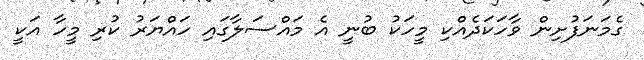
ގެމަނަފުށިން ވާހަކަދެއްކި މީހަކު ބުނީ އެ މައްސަލާގައި ހައްޔަރު ކުރި މީހާ އަކީ